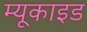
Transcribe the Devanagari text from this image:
म्यूकाइड